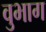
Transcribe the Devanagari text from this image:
वुभाग